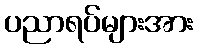
ပညာရပ်များအား